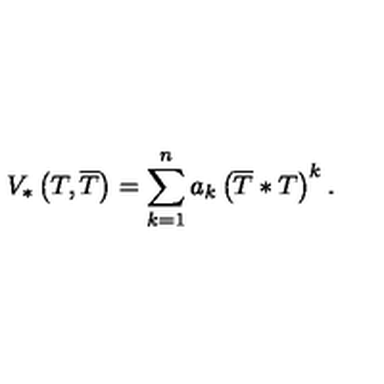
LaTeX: V _ { * } \left( T , \overline { { T } } \right) = \sum _ { k = 1 } ^ { n } a _ { k } \left( \overline { { T } } * T \right) ^ { k } .